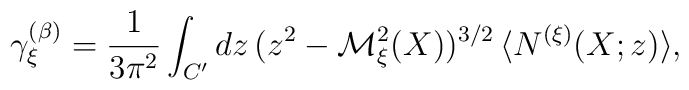
\gamma_\xi^{(\beta)} = \frac{1}{3 \pi^2} \int_{C'} d z \, (z^2 - {\cal M}_\xi^2 (X))^{3 / 2} \, \langle N^{(\xi)} (X; z) \rangle ,